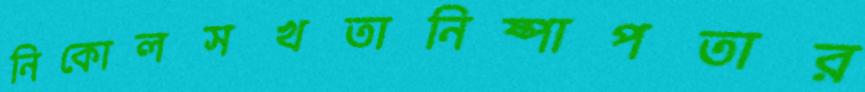
নিকোলসখতানিষ্পাপতার